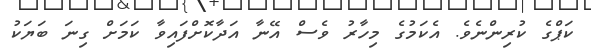
ކަޕްގެ ކުރިންނެވެ. އެކަމުގެ މިހާރު ވެސް އޭނާ އަދާކޮށްފައިވާ ކަމަށް ގިނަ ބަޔަކު